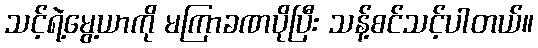
သင့်ရဲ့မွေ့ယာကို မကြာခဏပိုပြီး သန့်စင်သင့်ပါတယ်။